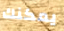
يمكنك